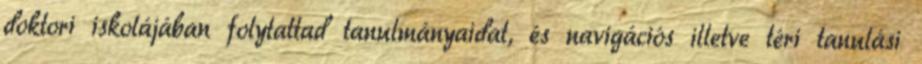
doktori iskolájában folytattad tanulmányaidat, és navigációs illetve téri tanulási